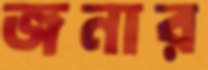
জনার